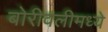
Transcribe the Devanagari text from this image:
बोरीवलीमध्ये